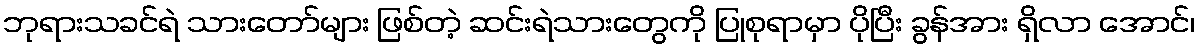
ဘုရားသခင်ရဲ သားတော်များ ဖြစ်တဲ့ ဆင်းရဲသားတွေကို ပြုစုရာမှာ ပိုပြီး ခွန်အား ရှိလာ အောင်၊